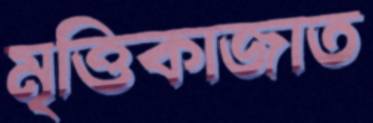
মৃত্তিকাজাত